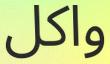
واكل